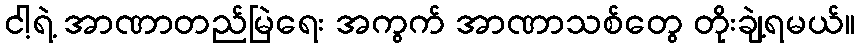
ငါ့ရဲ့ အာဏာတည်မြဲရေး အကွက် အာဏာသစ်တွေ တိုးချဲ့ရမယ်။